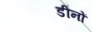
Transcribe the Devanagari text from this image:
डीनों